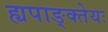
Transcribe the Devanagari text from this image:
ह्यपाङ्क्तेयः